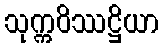
သုက္ကဝိဿဋ္ဌိယာ